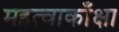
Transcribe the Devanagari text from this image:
महत्वाकाँक्षा